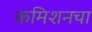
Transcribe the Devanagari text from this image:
कमिशनचा